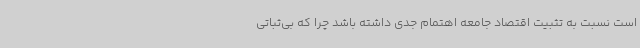
است نسبت به تثبیت اقتصاد جامعه اهتمام جدی داشته باشد چرا که بی‌ثباتی